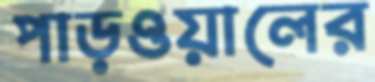
পাড়ওয়ালের